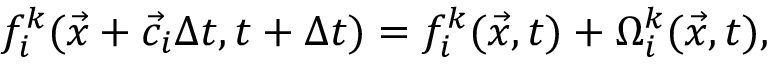
f _ { i } ^ { k } ( \vec { x } + \vec { c } _ { i } \Delta t , t + \Delta t ) = f _ { i } ^ { k } ( \vec { x } , t ) + \Omega _ { i } ^ { k } ( \vec { x } , t ) ,